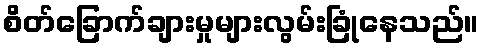
စိတ်ခြောက်ချားမှုများလွမ်းခြုံနေသည်။